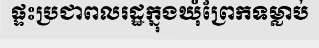
ផ្ទះប្រជាពលរដ្ឋក្នុងឃុំព្រែកទម្លាប់